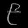
Digit: ၉